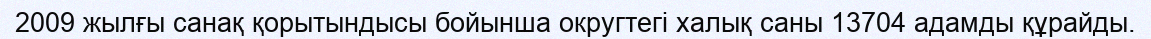
2009 жылғы санақ қорытындысы бойынша округтегі халық саны 13704 адамды құрайды.